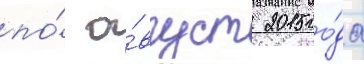
по́ а́вгуст 2015 го́да